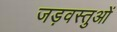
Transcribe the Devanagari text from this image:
जड़वस्तुओं